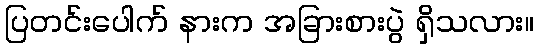
ပြတင်းပေါက် နားက အခြားစားပွဲ ရှိသလား။